Lunatic asylums Madras 1892-1911 - 1892-1911
Year: 1892
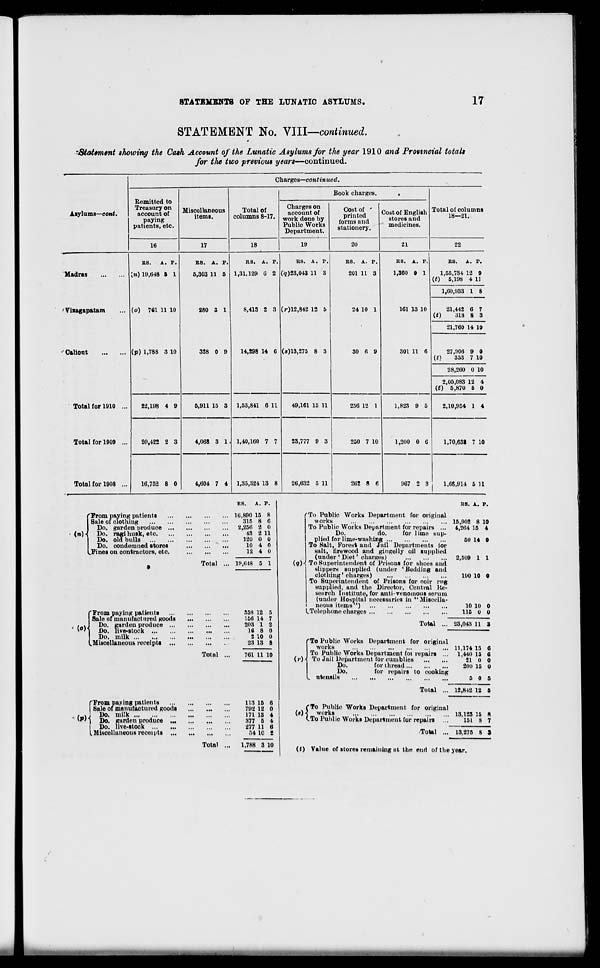
STATEMENTS OP THE LUNATIC ASYLUMS.
17
STATEMENT No. VIII—continued.
'Statement showing the Cash Account of the Lunatic Asylums for the year 1910 and Provincial totals
for the two previous years—continued.
Asylums—cont.
Madras
' Viiagapatam
' Caliont
Charges—continued.
Remitted to
Treasury on
account of
paying
patients, etc.
16
Miscellaneous
items.
17
Total of
columns 8-17.
18
Book charges.
Charges on
account of
work done by
Public Works
Department.
19
Cost of '
printed
forms and
stationery.
20
Total for 1908
BS.
A. P.
[n) 19,648 5 1
(o) 761 11 10
(p) 1,788 3 10
Total for 1910
Total for 1909 ...
22,198 4 9
20,422 2 3
16,752 8 0
BB. A. P.
5,303 11 5
280 3 1
328 0 9
KS. A. P.
1,31,129 6 2
8,413 2 3
KS. A. P.
(7)23,043 11 3
(r)12,842 12 5
14,298 14 6 (s)13,275 8 3
5,911 15 3
4,068 3 1
4,604 7 4
1,53,841 6 11
1,40,160 7 7
1,35,324 13 8
49,161 15 11
28,777 9 3
26,632 5 11
BS. A. P.
201 11 3
24 10 1
Cost of English
stores and
medicines.
21
Total of columns
18—21.
22
30 6 9
256 12 1
250 7 10
262 8 6
I
BS. A. P.
1,360 0 1
161 13 10
BS. A. P.
1,55,734 12 9
(t) 5,198 4 11
301 11 6
1,823 9 5
1,60,933 I 8
21,442
«)
318
0
8
7
3
21,760 14 10
27,006
(t)
353
9
7
0
10
28,260 0 10
2,05,083 12
(t) 5,870 5
4
0
2,10,954 1 4
1,200 0 6
1,70,638 7 10
967 2 3
1,65,914 5 11
KS.
A. P.
Prom paying patients
Sale of clothing
Do. garden produce .
tn)4 Do. ragi husk, etc.
Do. old bulls
Do. condemned stores
J?ines on contractors, etc.
(o)
'From paying patients
■Sale of manufactured goods
Do. garden produce ...
Do. live-stock
Do. milk
.Miscellaneous receipts ...
("From paying patients
Sale of manufactured goods
, t » ! Do. milk
W ) Do. garden produce ...
I Do. live-stock
I Miscellaneous receipts ...
Total
Total
Total
16,890 15 S
315 6 (i
2,256 i 0
43 2 11
120 0 0
10 4 0
12 4 0
19,648 5 1
35S 12 B
156 14 7
203 1 2
l« 8 0
2 10 0
23 13 8
761 11 10
118 15 a
792 12 0
171 13 4
377 5 i
277 11 6
54 10 2
1,788 3 10
'To Public Works Department for original
works
To Public Works Department for repairs ...
Do.
do.
for lime sup-
plied for lime-washing
To Salt, Forest and Jail Departments lor
salt, firewood and gingelly oil supplied
(under ' Diet' charges)
(g)** To Superintendent of Prisons for shoes and
slippers supplied (under 'Bedding and
clothing'charges)
To Superintendent of Prisons for coir rug
supplied, and the Director, Central Ite-
senrch Institute, for anti-venomous serum
(under Hospital necessaries in " Miscella-
neous items )
L Telephone charges
Total ...
RS. A. P.
15,902 8 10
4,264 15 4
50 14 0
2,509 1 1
190 10 0
10 10
115 0
23,043 11 3
(»•)
'To Public Works Department for original
works
To Public Works Department foi repairs ...
To Jail Department for cumblies
Do.
for thread
Do.
for repairs to cooking
L utensils
11,174 13 6
1,440 15 6
21 0 0
200 15 0
5 0 5
Total ... 12,842 12 5
("To Public Works Department for original
(»H„ works
13,123:5 8
t.To Public Works Department for repairs ...
151 8 7
Total ... 13,275 8 S
(O Value of stores remaining nt the end of the year.